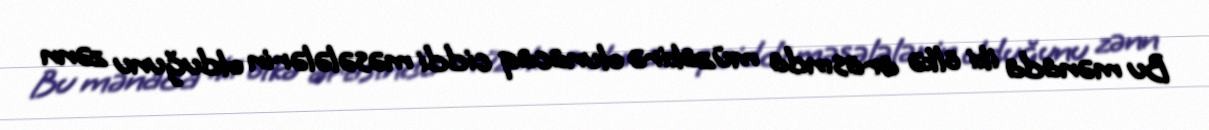
Bu mənada iki ölkə arasında müzakirə olunacaq ciddi məsələlərin olduğunu zənn